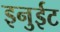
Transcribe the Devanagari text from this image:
इनुईट